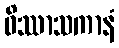
ဝိဿာသကာနံ